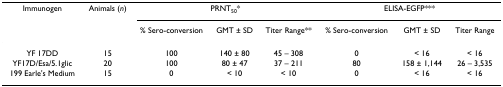
| Immunogen | Animals (n) | <COLSPAN=3> PRNT50* | <COLSPAN=3> ELISA-EGFP*** |
 |  |  | % Sero-conversion | GMT ± SD | Titer Range** | % Sero-conversion | GMT ± SD | Titer Range |
 | --- | --- | --- | --- | --- | --- | --- | --- |
 | YF 17DD | 15 | 100 | 140 ± 80 | 45 – 308 | 0 | < 16 | < 16 |
 | YF17D/Esa/5.1glic | 20 | 100 | 80 ± 47 | 37 – 211 | 80 | 158 ± 1,144 | 26 – 3,535 |
 | 199 Earle's Medium | 15 | 0 | < 10 | < 10 | 0 | < 16 | < 16 |